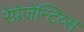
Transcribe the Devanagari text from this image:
रेप्रेज़ेन्टिव्स